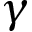
\gamma